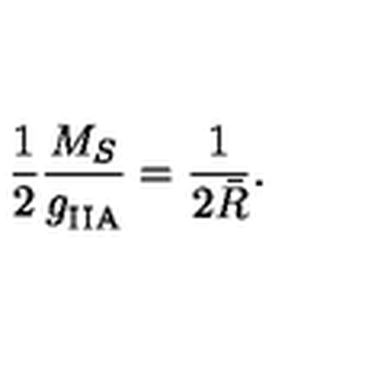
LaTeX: { \frac { 1 } { 2 } } { \frac { M _ { S } } { g _ { \mathrm { I I A } } ^ { } } } = { \frac { 1 } { 2 \bar { R } } } .